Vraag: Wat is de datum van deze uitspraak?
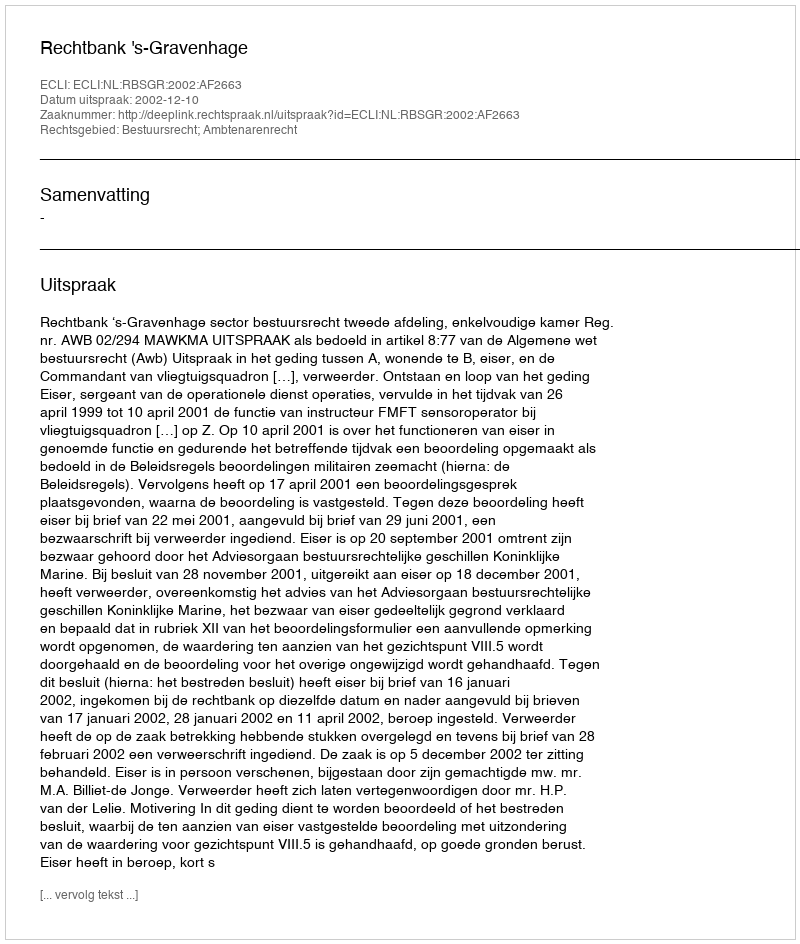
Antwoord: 2002-12-10